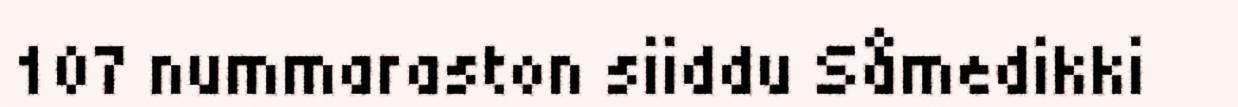
107 nummaraston siiddu Såmedikki